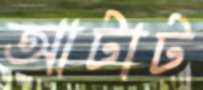
আটাট